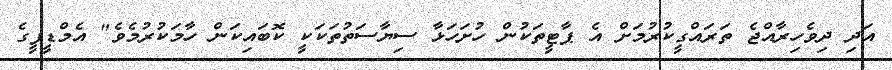
އަދި ދިވެހިރާއްޖެ ތަރައްގީކުރުމަށް އެ ޕާޓީތަކުން ހުށަހަޅާ ސިޔާސަތުތަކަކީ ކޮބައިކަން ހާމަކުރުމެވެ" އެމްޑީޕީގެ